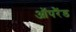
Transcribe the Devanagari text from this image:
ऑपरैंड